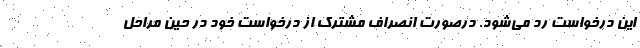
این درخواست رد می‌شود. درصورت انصراف مشترک از درخواست خود در حین مراحل